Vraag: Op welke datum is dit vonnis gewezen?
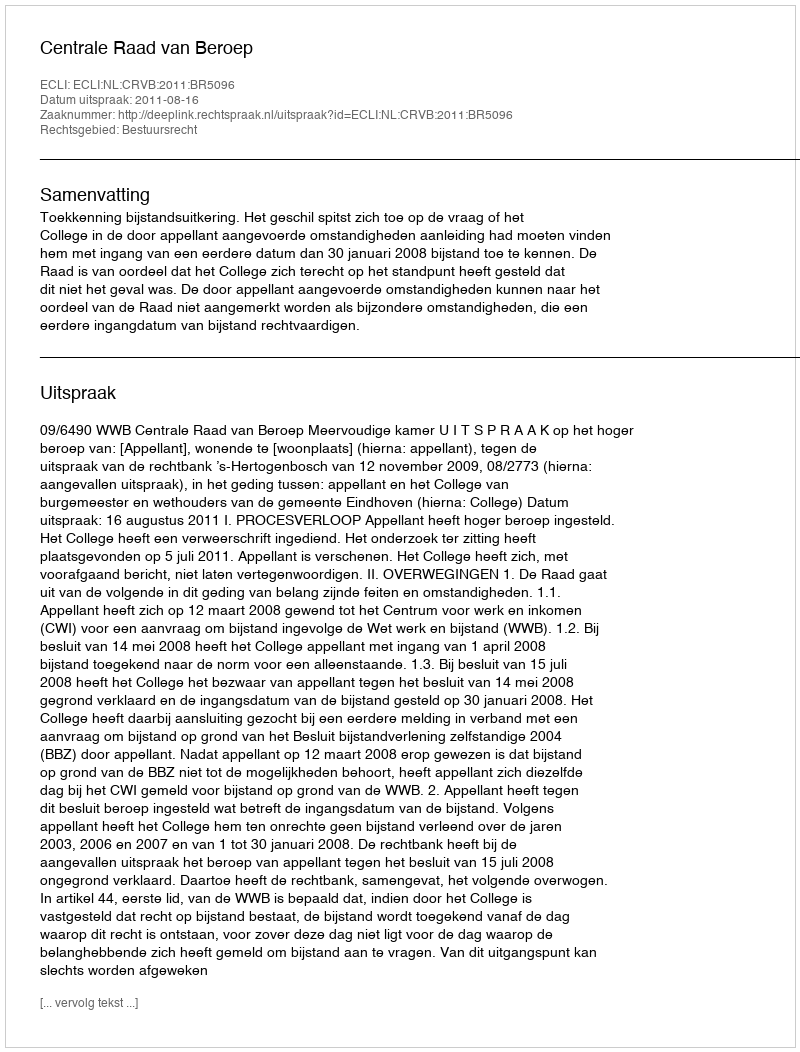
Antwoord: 2011-08-16